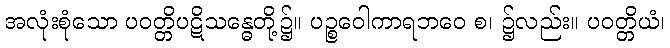
အလုံးစုံသော ပဝတ္တိပဋိသန္ဓေတို့၌။ ပဉ္စဝေါကာရဘဝေ စ၊ ၌လည်း။ ပဝတ္တိယံ၊